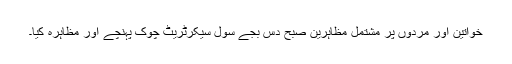
خواتین اور مردوں پر مشتمل مظاہرین صبح دس بجے سول سیکرٹریٹ چوک پہنچے اور مظاہرہ کیا۔